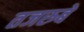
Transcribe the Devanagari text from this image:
तजरुबे